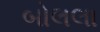
બોલલા